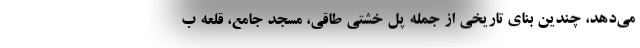
می‌دهد، چندین بنای تاریخی از جمله پل خشتی طاقی، مسجد جامع، قلعه ب